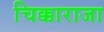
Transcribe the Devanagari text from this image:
चिक्काराजा